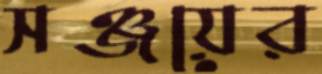
সঞ্জয়ের